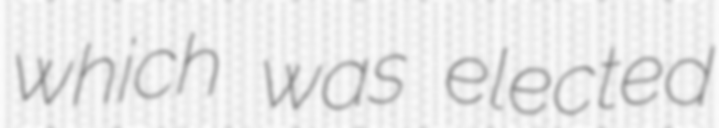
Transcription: which was elected